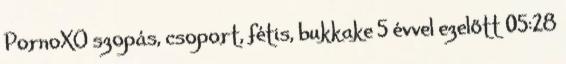
PornoXO szopás, csoport, fétis, bukkake 5 évvel ezelőtt 05:28